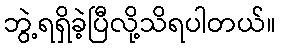
ဘွဲ့ရရှိခဲ့ပြီလို့သိရပါတယ်။